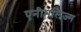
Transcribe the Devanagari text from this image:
एनीमलिज्म